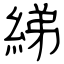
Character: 綈